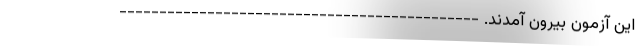
این آزمون بیرون آمدند. ---------------------------------------------